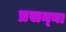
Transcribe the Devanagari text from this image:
प्रसन्‍ना